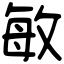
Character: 敏